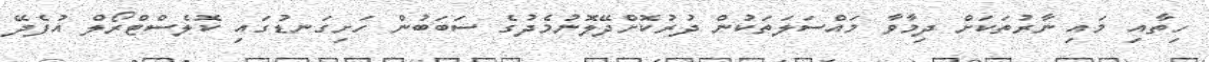
ހިތާއި މައި ނާރުތަކަށް ދިމާވާ މައްސަލަތަކުން ދުރުކޮށްދޭލޮނުމެދުގެ ސަބަބުން ހަށިގަނޑުގައި ކޮލެސްޓްރޯލް އުފެދޭ